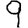
Digit: 9